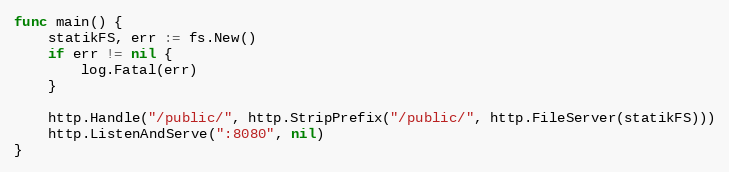
Language: Go
func main() {
	statikFS, err := fs.New()
	if err != nil {
		log.Fatal(err)
	}

	http.Handle("/public/", http.StripPrefix("/public/", http.FileServer(statikFS)))
	http.ListenAndServe(":8080", nil)
}